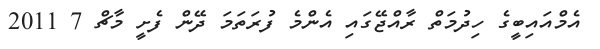
އެމްއައިބީގެ ހިދުމަތް ރާއްޖޭގައި އެންމެ ފުރަތަމަ ދޭން ފެށީ މާޗް 7 2011